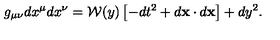
g _ { \mu \nu } d x ^ { \mu } d x ^ { \nu } = { \cal W } ( y ) \left[ - d t ^ { 2 } + d { \bf x } \cdot d { \bf x } \right] + d y ^ { 2 } .